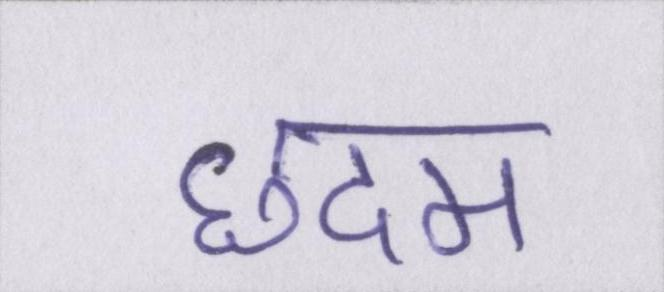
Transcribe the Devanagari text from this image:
छदम